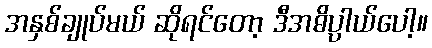
အနှစ်ချုပ်မယ် ဆိုရင်တော့ ဒီအဓိပ္ပာယ်ပေါ့။